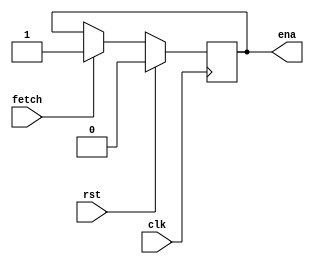
// This program was cloned from: https://github.com/huangxc6/verilog_practice
// License: MIT License

/*-----------------------------------------------\
 --         

The state controller receives the reset signal rst, 
which is valid to control the output ena to 0, 
and fetch, which is valid to control ena to 1.

--
\-----------------------------------------------*/

module machinectl (
 	input clk,    // Clock
 	input rst,  
 	input fetch,

 	output reg ena 
 );
	always @(posedge clk) begin : proc_ena
		if(rst) begin
			ena <= 0;
		end else if (fetch) begin
			ena <= 1;
		end 
	end
 
 endmodule